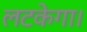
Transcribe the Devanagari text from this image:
लटकेगा।